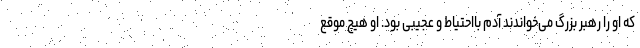
که او را رهبر بزرگ می‌خواندند آدم بااحتیاط و عجیبی بود. او هیچ موقع